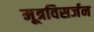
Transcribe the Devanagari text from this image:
मूत्रविसर्जन